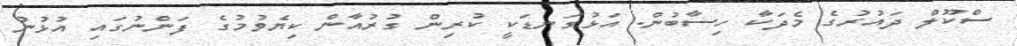
ސްކޫލް ދައުރުގެ މެދަކާ ހިސާބުން. އަޅުގަނޑަކީ ކުރިން ގުރުއާން ކިޔެވުމުގެ ފަންނުގައި އުޅުނު